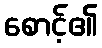
စောင့်၏